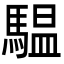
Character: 𩥈